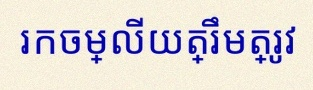
រកចម្លើយត្រឹមត្រូវ